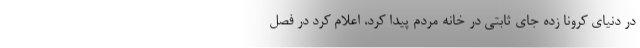
در دنیای کرونا زده جای ثابتی در خانه مردم پیدا کرد، اعلام کرد در فصل